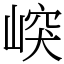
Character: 㟮